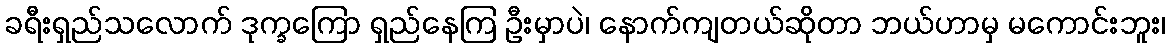
ခရီးရှည်သလောက် ဒုက္ခကြော ရှည်နေကြ ဦးမှာပဲ၊ နောက်ကျတယ်ဆိုတာ ဘယ်ဟာမှ မကောင်းဘူး၊